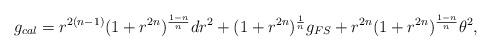
LaTeX: \begin{align*}g_{cal} = r^{2(n-1)}(1+r^{2n})^{\frac{1-n}{n}}dr^{2}+(1+r^{2n})^{\frac{1}{n}}g_{FS}+r^{2n}(1+r^{2n})^{\frac{1-n}{n}}\theta^{2},\end{align*}